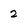
Character: 2